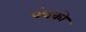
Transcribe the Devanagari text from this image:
पंथको